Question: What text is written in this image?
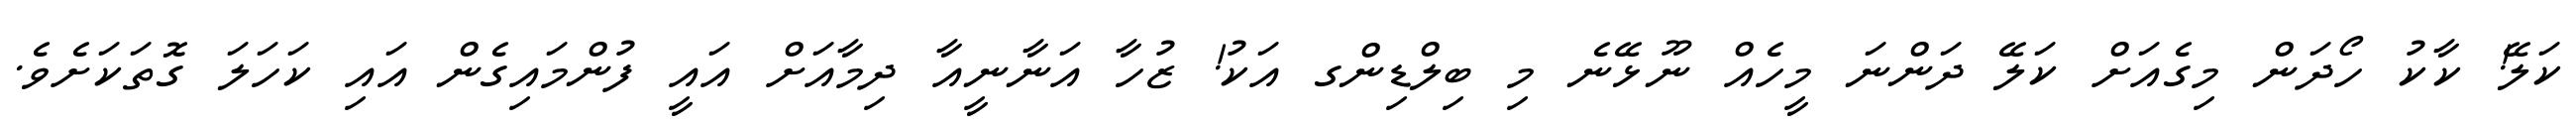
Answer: ކަލޭ! ކާކު ހޯދަން މިގެއަށް ކަލޭ ދަންނަ މީހެއް ނޫޅޭނެ މި ބިލްޑިންގ އަކު! ޒުހާ އަނާނީއާ ދިމާއަށް އައީ ފުންމައިގެން އައި ކަހަލަ ގޮތަކަށެވެ.